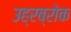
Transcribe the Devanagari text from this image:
उह्रब्रोक